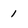
Character: 1